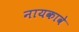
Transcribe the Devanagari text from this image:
नायकावे